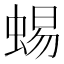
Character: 蜴